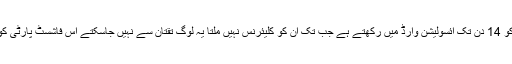
بقول صوبائی حکومت جو زائرین ایران سے آتے ہی ان کو 14 دن تک آئسولیشن وارڈ میں رکھتے ہے جب تک ان کو کلیئرنس نہیں ملتا یہ لوگ تقتان سے نہیں جاسکتے اس فاشسٹ پارٹی کو کون سمجھائے جو کہ صوبائی حکومت میں شامل ہے۔